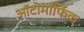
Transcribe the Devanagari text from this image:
ऑटोमॉर्फिक